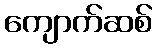
ကျောက်ဆစ်